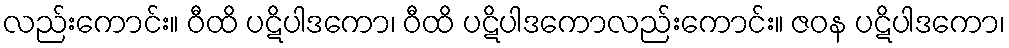
လည်းကောင်း။ ဝီထိ ပဋိပါဒကော၊ ဝီထိ ပဋိပါဒကောလည်းကောင်း။ ဇဝန ပဋိပါဒကော၊